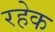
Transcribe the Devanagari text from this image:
रहेक